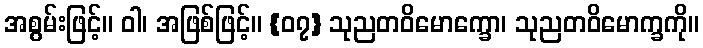
အစွမ်းဖြင့်။ ဝါ၊ အဖြစ်ဖြင့်။ {၀၇} သုညတဝိမောက္ခော၊ သုညတဝိမောက္ခကို။